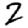
Digit: 2